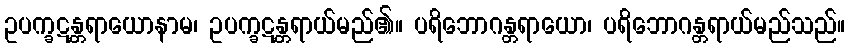
ဥပက္ခဋန္တရာယောနာမ၊ ဥပက္ခဋန္တရာယ်မည်၏။ ပရိဘောဂန္တရာယော၊ ပရိဘောဂန္တရာယ်မည်သည်။